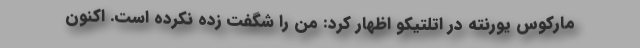
مارکوس یورنته در اتلتیکو اظهار کرد: من را شگفت زده نکرده است. اکنون